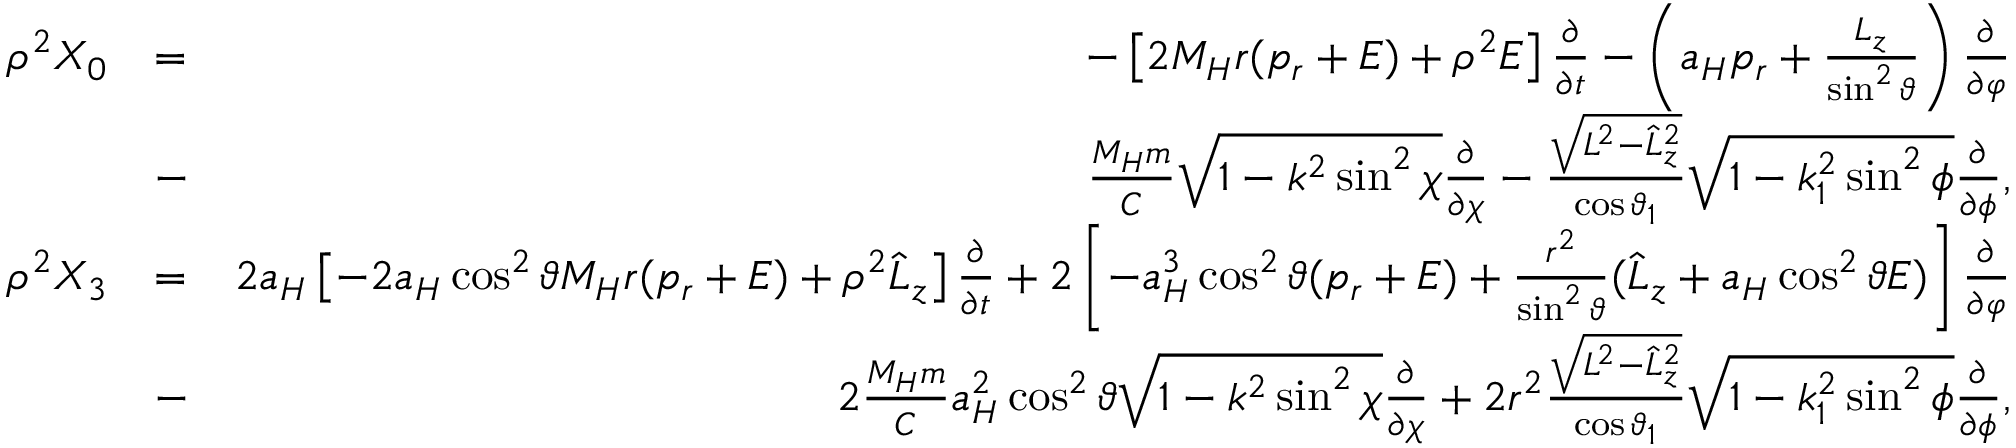
\begin{array} { r l r } { \rho ^ { 2 } X _ { 0 } } & { = } & { - \left[ 2 M _ { H } r ( p _ { r } + E ) + \rho ^ { 2 } E \right] \frac { \partial } { \partial t } - \left( a _ { H } p _ { r } + \frac { L _ { z } } { \sin ^ { 2 } \vartheta } \right) \frac { \partial } { \partial \varphi } } \\ & { - } & { \frac { M _ { H } m } { C } \sqrt { 1 - k ^ { 2 } \sin ^ { 2 } \chi } \frac { \partial } { \partial \chi } - \frac { \sqrt { L ^ { 2 } - \hat { L } _ { z } ^ { 2 } } } { \cos \vartheta _ { 1 } } \sqrt { 1 - k _ { 1 } ^ { 2 } \sin ^ { 2 } \phi } \frac { \partial } { \partial \phi } , } \\ { \rho ^ { 2 } X _ { 3 } } & { = } & { 2 a _ { H } \left[ - 2 a _ { H } \cos ^ { 2 } \vartheta M _ { H } r ( p _ { r } + E ) + \rho ^ { 2 } \hat { L } _ { z } \right] \frac { \partial } { \partial t } + 2 \left[ - a _ { H } ^ { 3 } \cos ^ { 2 } \vartheta ( p _ { r } + E ) + \frac { r ^ { 2 } } { \sin ^ { 2 } \vartheta } ( \hat { L } _ { z } + a _ { H } \cos ^ { 2 } \vartheta E ) \right] \frac { \partial } { \partial \varphi } } \\ & { - } & { 2 \frac { M _ { H } m } { C } a _ { H } ^ { 2 } \cos ^ { 2 } \vartheta \sqrt { 1 - k ^ { 2 } \sin ^ { 2 } \chi } \frac { \partial } { \partial \chi } + 2 r ^ { 2 } \frac { \sqrt { L ^ { 2 } - \hat { L } _ { z } ^ { 2 } } } { \cos \vartheta _ { 1 } } \sqrt { 1 - k _ { 1 } ^ { 2 } \sin ^ { 2 } \phi } \frac { \partial } { \partial \phi } , } \end{array}